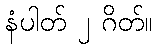
နံပါတ် ၂ ဂိတ်။